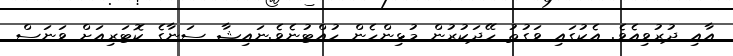
އާއި ދުރުވިއެވެ. އެކުގައި ވަގުތު ހޭދަކުރުން މުޅިންހެން ހުއްޓުނެވެ.ނައިޝާ ސަނާގެ ކޮޓަރިއަށް ވަނަސް